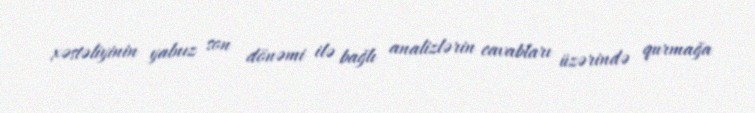
xəstəliyinin yalnız son dönəmi ilə bağlı analizlərin cavabları üzərində qurmağa